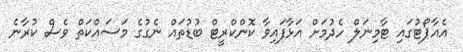
އެއާޕޯޓުގައި ޓާމިނަލް ހެދުމަށް އަޅާފައިވާ ކޮންކްރީޓް ބުޑުތައް ނެގުގެ މަސައްކަތް ވެސް ކުރާނެ